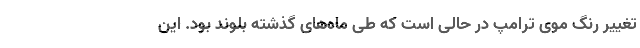
تغییر رنگ موی ترامپ در حالی است که طی ماه‌های گذشته بلوند بود. این